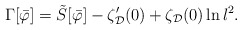
\begin{align*}\Gamma [\bar{\varphi}] = \tilde{S}[\bar{\varphi}] - \zeta_{\cal D}'(0) +\zeta_{\cal D}(0)\ln l^2 . \end{align*}